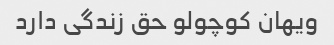
ویهان کوچولو حق زندگی دارد